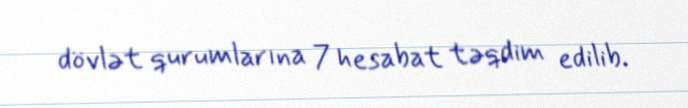
dövlət qurumlarına 7 hesabat təqdim edilib.